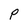
Character: O